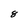
Character: 8